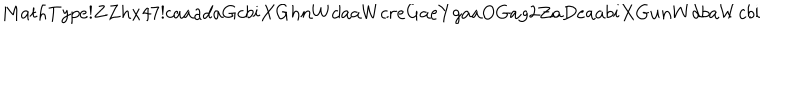
M a t h T y p e ! Z Z h x 4 7 ! c a a a d a G c b i X G h n W d a a W c r e G a e Y g a a O G a g 2 Z a D e a a b i X G u n W d b a W c b i